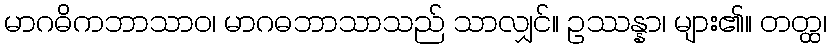
မာဂဓိကဘာသာဝ၊ မာဂဓဘာသာသည် သာလျှင်။ ဥဿန္နာ၊ များ၏။ တတ္ထ၊